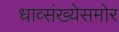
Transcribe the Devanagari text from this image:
धाव्संख्येसमोर